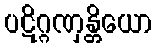
ပဋိဂ္ဂဏှန္တိယော